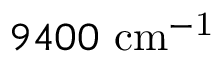
9 4 0 0 ~ \mathrm { { c m } ^ { - 1 } }